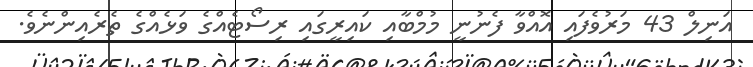
އަނިލް 43 މަރުވެފައި އޮއްވާ ފެނުނީ މުމްބާއި ކައިރީގައި ރިސޯޓެއްގެ ވަޅެއްގެ ތެރެއިންނެވެ.